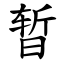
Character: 暂